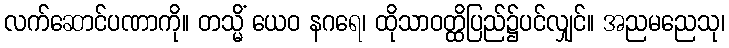
လက်ဆောင်ပဏာကို။ တသ္မိံ ယေဝ နဂရေ၊ ထိုသာဝတ္ထိပြည်၌ပင်လျှင်။ အညမညေသု၊